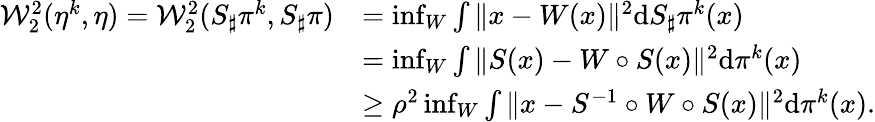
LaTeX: \begin{array}{rl}{\mathcal{W}_{2}^{2}(\eta^{k},\eta)=\mathcal{W}_{2}^{2}(S_{\sharp}\pi^{k},S_{\sharp}\pi)}&{=\operatorname*{inf}_{W}\int\| x-W(x)\| ^{2}\mathrm{d}S_{\sharp}\pi^{k}(x)}\\ &{=\operatorname*{inf}_{W}\int\| S(x)-W\circ S(x)\| ^{2}\mathrm{d}\pi^{k}(x)}\\ &{\ge\rho^{2}\operatorname*{inf}_{W}\int\| x-S^{-1}\circ W\circ S(x)\| ^{2}\mathrm{d}\pi^{k}(x).}\end{array}